Statistical return of the lunatic asylum in Assam - 1912-1932
Year: 1912
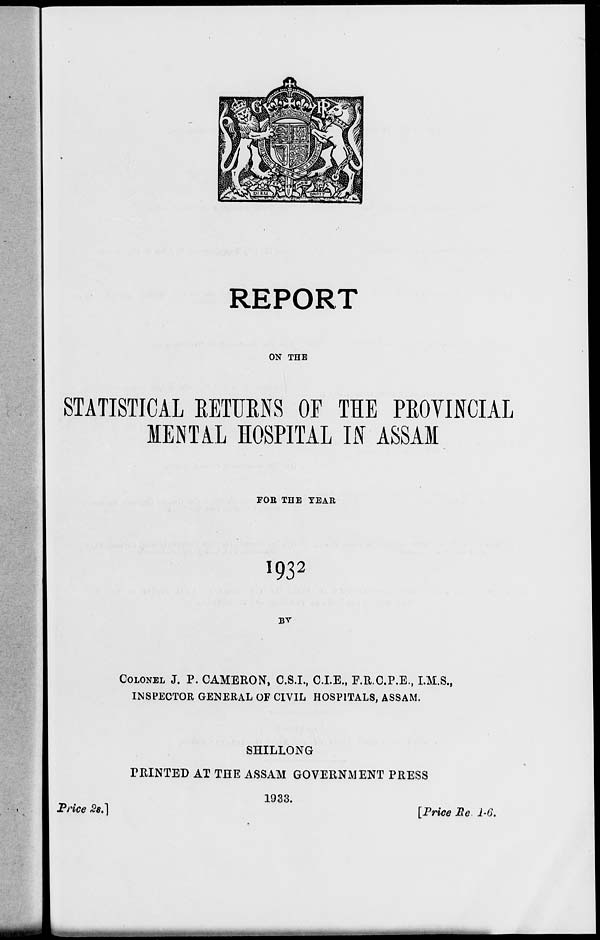
REPORT
ON THE
STATISTICAL RETURNS OF THE PROVINCIAL
MENTAL HOSPITAL IN ASSAM
FOR THE TEAR
I932
BV
COLONEL J. P. CAMERON, C.S.I., C.I.E., E.R.C.P.E., I.M.S.,
INSPECTOR GENERAL OF CIVIL HOSPITALS, ASSAM.
SHILLONG
PRINTED AT THE ASSAM GOVERNMENT PRESS
Price £«.]
1933.
[Price Be 1-6.